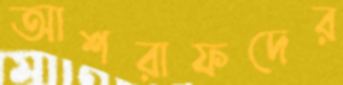
আশরাফদের